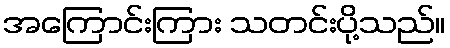
အကြောင်းကြား သတင်းပို့သည်။